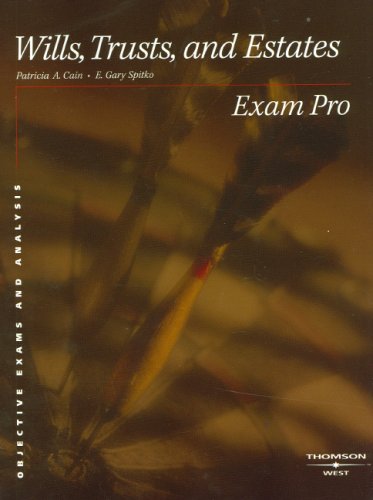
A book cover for Exam Pro on Wills, Trusts, and Estates; Patricia Cain; Law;